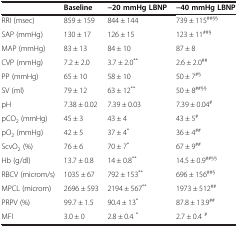
|  | Baseline | −20 mmHg LBNP | −40 mmHg LBNP |
 | --- | --- | --- | --- |
 | RRI (msec) | 859 ± 159 | 844 ± 144 | 739 ± 115##§§ |
 | SAP (mmHg) | 130 ± 17 | 126 ± 15 | 123 ± 11##§ |
 | MAP (mmHg) | 83 ± 13 | 84 ± 10 | 87 ± 8 |
 | CVP (mmHg) | 7.2 ± 2.0 | 3.7 ± 2.0** | 2.6 ± 2.0## |
 | PP (mmHg) | 65 ± 10 | 58 ± 10 | 50 ± 7#§ |
 | SV (ml) | 79 ± 12 | 63 ± 12** | 50 ± 8##§§ |
 | pH | 7.38 ± 0.02 | 7.39 ± 0.03 | 7.39 ± 0.04# |
 | pCO2 (mmHg) | 45 ± 3 | 43 ± 4 | 43 ± 5# |
 | pO2 (mmHg) | 42 ± 5 | 37 ± 4* | 36 ± 4## |
 | ScvO2 (%) | 76 ± 6 | 70 ± 7* | 67 ± 9## |
 | Hb (g/dl) | 13.7 ± 0.8 | 14 ± 0.8** | 14.5 ± 0.9##§§ |
 | RBCV (microm/s) | 1035 ± 67 | 792 ± 153** | 696 ± 156##§ |
 | MPCL (microm) | 2696 ± 593 | 2194 ± 567** | 1973 ± 512## |
 | PRPV (%) | 99.7 ± 1.5 | 90.4 ± 13* | 87.8 ± 13.9## |
 | MFI | 3.0 ± 0 | 2.8 ± 0.4 * | 2.7 ± 0.4 # |